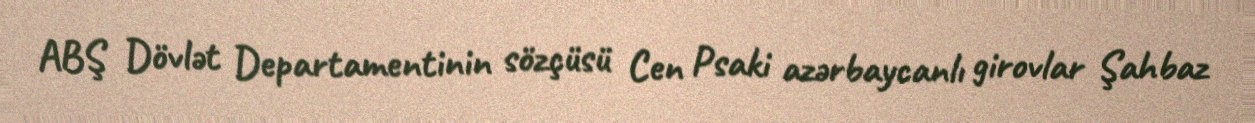
ABŞ Dövlət Departamentinin sözçüsü Cen Psaki azərbaycanlı girovlar Şahbaz